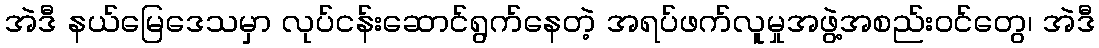
အဲဒီ နယ်မြေဒေသမှာ လုပ်ငန်းဆောင်ရွက်နေတဲ့ အရပ်ဖက်လူမှုအဖွဲ့အစည်းဝင်တွေ၊ အဲဒီ